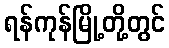
ရန်ကုန်မြို့တို့တွင်